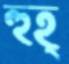
হুহ্